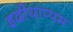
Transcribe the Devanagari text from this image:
इदीयाप्पम